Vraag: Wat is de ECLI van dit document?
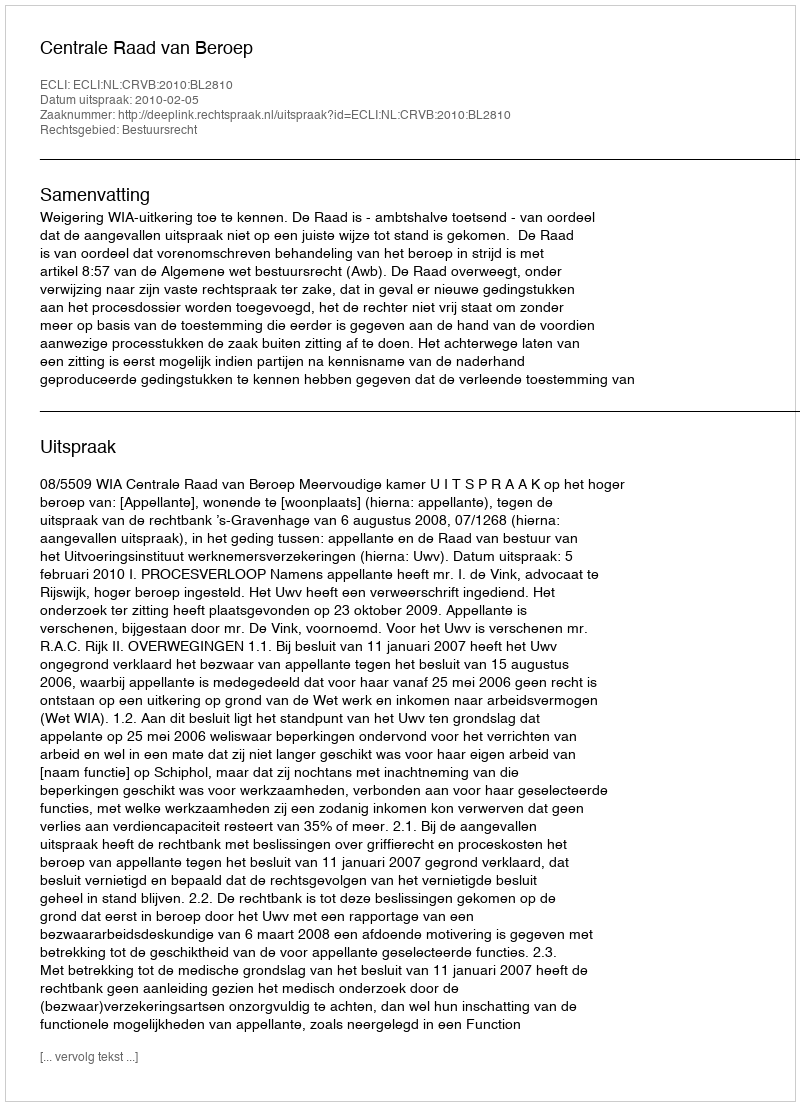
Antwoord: ECLI:NL:CRVB:2010:BL2810